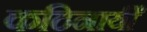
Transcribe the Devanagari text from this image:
कठिनायीँ